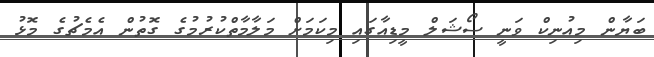
ބަޔާން މިއުނިކް ވަނީ ސޯޝަލް މީޑިއާގައި މިކަމަށް މަލާމާތްކުރުމުގެ ގޮތުން އެމެޗުގެ މޮޅު